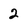
Character: 2